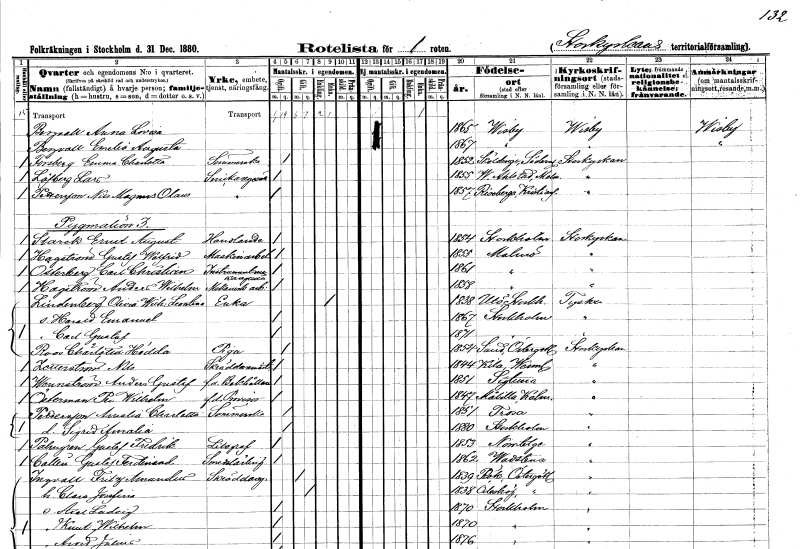
gt_parse: households: individuals: FN: Anna Lovisa
EN: Bergvall
KON: K
CIV: O
FODAR: 1865
FODFORS: Visby Gotlands län
FN: Emelie Augusta
EN: Bergvall
KON: K
CIV: O
FODAR: 1867
FODFORS: Visby Gotlands län
FN: Emma Charlotta
EN: Forsberg
YRKE: Sömmerska
KON: K
CIV: O
FODAR: 1852
FODFORS: Sköldinge Södermanlands län
FN: Lars
EN: Löfberg
YRKE: Snickaregesäll
KON: M
CIV: O
FODAR: 1855
FODFORS: Västra Alstad Malmöhus län
FN: Nils Magnus Olaus
EN: Pettersson
YRKE: Snickaregesäll
KON: M
CIV: O
FODAR: 1857
FODFORS: Riseberga Kristianstads län
FN: Ernst August
EN: Starek
YRKE: Handlande
KON: M
CIV: O
FODAR: 1854
FODFORS: Stockholm
FN: Gustaf Walfrid
EN: Hagström
YRKE: Maskinarbetare
KON: M
CIV: O
FODAR: 1855
FODFORS: Malmö Malmöhus län
FN: Carl Christian
EN: Österberg
YRKE: Instrumentmakaregesäll
KON: M
CIV: O
FODAR: 1861
FODFORS: Malmö Malmöhus län
FN: Anders Wilhelm
EN: Hagström
YRKE: Mekanikerarbetare
KON: M
CIV: O
FODAR: 1858
FODFORS: Malmö Malmöhus län
FN: Olivia Leontina
EN: Lindenberg
YRKE: Änka
KON: K
CIV: E
FODAR: 1838
FODFORS: Utö Stockholms län
FN: Harald Emanuel
KON: M
CIV: O
FODAR: 1867
FODFORS: Stockholm
FN: Carl Gustaf
KON: M
CIV: O
FODAR: 1871
FODFORS: Stockholm
FN: Charlotta Hedda
EN: Roos
YRKE: Piga
KON: K
CIV: O
FODAR: 1854
FODFORS: Sund Östergötlands län
FN: Nils
EN: Zetterström
YRKE: Skräddarmästare
KON: M
CIV: O
FODAR: 1844
FODFORS: Kila Värmlands län
FN: Anders Gustaf
EN: Wennström
YRKE: Bokhållare f.d.
KON: M
CIV: O
FODAR: 1851
FODFORS: Sigtuna Stockholms län
FN: Per Wilhelm
EN: Österman
YRKE: Provisor f.d.
KON: M
CIV: O
FODAR: 1847
FODFORS: Målilla med Gårdveda Kalmar län
FN: Amalia Charlotta
EN: Pettersson
YRKE: Sömmerska
KON: K
CIV: O
FODAR: 1851
FODFORS: Trosa Södermanlands län
FN: Sigrid Amalia
KON: K
CIV: O
FODAR: 1880
FODFORS: Stockholm
FN: Gustaf Fredrik
EN: Palmgren
YRKE: Litograf
KON: M
CIV: O
FODAR: 1853
FODFORS: Norrtälje Stockholms län
FN: Gustaf Ferdinand
EN: Collin
YRKE: Smedslärling
KON: M
CIV: O
FODAR: 1862
FODFORS: Vadstena Östergötlands län
FN: Fritz Amandus
EN: Ingvall
YRKE: Skräddaregesäll
KON: M
CIV: G
FODAR: 1839
FODFORS: Rök Östergötlands län
FN: Clara Josefina
KON: K
CIV: G
FODAR: 1838
FODFORS: Ödeshög Östergötlands län